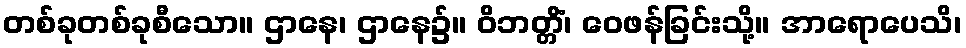
တစ်ခုတစ်ခုစီသော။ ဌာနေ၊ ဌာနေ၌။ ဝိဘတ္တိံ၊ ဝေဖန်ခြင်းသို့။ အာရောပေသိ၊